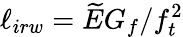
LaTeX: \ell_{irw}=\widetilde{E}G_{f}/f_{t}^{2}